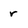
Character: r